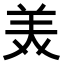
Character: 𫟈